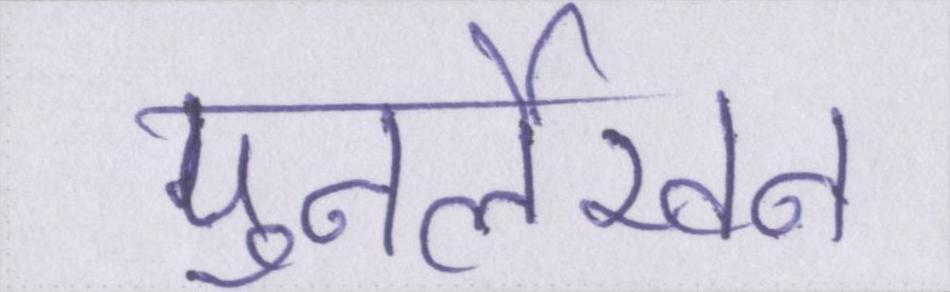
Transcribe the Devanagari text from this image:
पुनर्लेखन